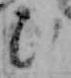
ひ